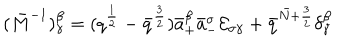
( \bar { M } ^ { - 1 } ) _ { \gamma } ^ { \beta } = ( q ^ { { \frac { 1 } { 2 } } } - \bar { q } ^ { { \frac { 3 } { 2 } } } ) \bar { a } _ { + } ^ { \beta } \bar { a } _ { - } ^ { \sigma } { \cal E } _ { \sigma \gamma } + \bar { q } ^ { \bar { N } + { \frac { 3 } { 2 } } } \delta _ { \gamma } ^ { \beta }